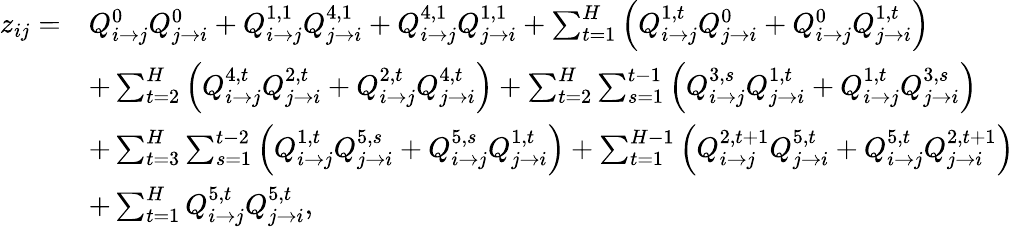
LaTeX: \begin{array}{rl}{z_{ij}=}&{Q_{i\rightarrow j}^{0}Q_{j\rightarrow i}^{0}+Q_{i\rightarrow j}^{1,1}Q_{j\rightarrow i}^{4,1}+Q_{i\rightarrow j}^{4,1}Q_{j\rightarrow i}^{1,1}+\sum_{t=1}^{H}\left(Q_{i\rightarrow j}^{1,t}Q_{j\rightarrow i}^{0}+Q_{i\rightarrow j}^{0}Q_{j\rightarrow i}^{1,t}\right)}\\ &{+\sum_{t=2}^{H}\left(Q_{i\rightarrow j}^{4,t}Q_{j\rightarrow i}^{2,t}+Q_{i\rightarrow j}^{2,t}Q_{j\rightarrow i}^{4,t}\right)+\sum_{t=2}^{H}\sum_{s=1}^{t-1}\left(Q_{i\rightarrow j}^{3,s}Q_{j\rightarrow i}^{1,t}+Q_{i\rightarrow j}^{1,t}Q_{j\rightarrow i}^{3,s}\right)}\\ &{+\sum_{t=3}^{H}\sum_{s=1}^{t-2}\left(Q_{i\rightarrow j}^{1,t}Q_{j\rightarrow i}^{5,s}+Q_{i\rightarrow j}^{5,s}Q_{j\rightarrow i}^{1,t}\right)+\sum_{t=1}^{H-1}\left(Q_{i\rightarrow j}^{2,t+1}Q_{j\rightarrow i}^{5,t}+Q_{i\rightarrow j}^{5,t}Q_{j\rightarrow i}^{2,t+1}\right)}\\ &{+\sum_{t=1}^{H}Q_{i\rightarrow j}^{5,t}Q_{j\rightarrow i}^{5,t},}\end{array}